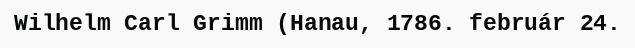
Wilhelm Carl Grimm (Hanau, 1786. február 24.